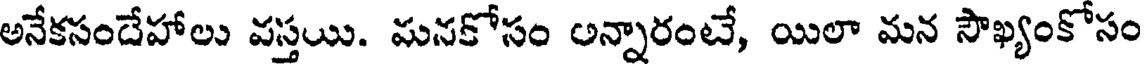
అనేకసందేహాలు వస్తయి. మనకోసం అన్నారంటే, యిలా మన సౌఖ్యంకోసం